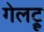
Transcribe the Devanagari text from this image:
गेलट्रू